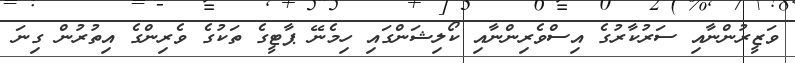
ވަޒީރުންނާއި ސަރުކާރުގެ އިސްވެރިންނާއި ކޯލިޝަންގައި ހިމެނޭ ޕާޓީގެ ތަކުގެ ވެރިންގެ އިތުރުން ގިނަ